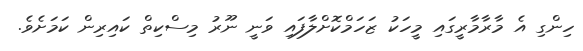
ހިންގި އެ މާރާމާރީގައި މީހަކު ޒަހަމްކޮށްލާފައި ވަނީ ނޫރު މިސްކިތް ކައިރިން ކަމަށެވެ.